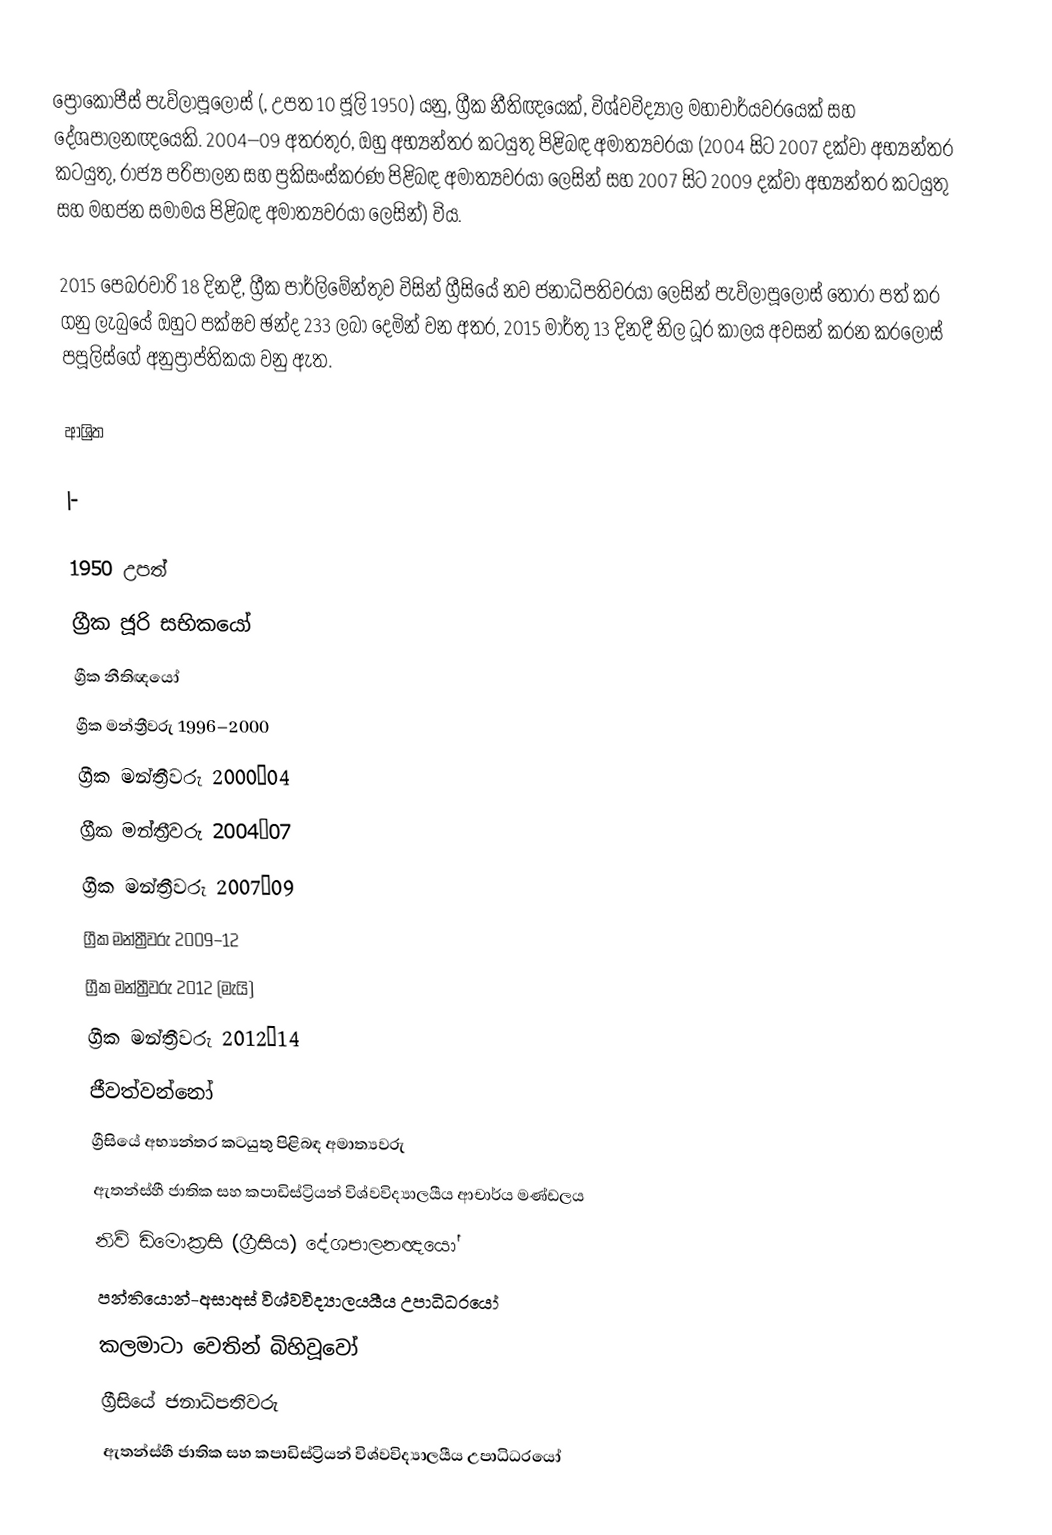
ප්‍රෝකෝපීස් පැව්ලාපූලෝස්  (, උපත 10 ජූලි 1950) යනු, ග්‍රීක නීතිඥයෙක්, විශ්වවිද්‍යාල මහාචාර්යවරයෙක් සහ දේශපාලනඥයෙකි. 2004–09 අතරතුර, ඔහු අභ්‍යන්තර කටයුතු පිළිබඳ අමාත්‍යවරයා (2004 සිට 2007 දක්වා අභ්‍යන්තර කටයුතු, රාජ්‍ය පරිපාලන සහ ප්‍රකිසංස්කරණ පිළිබඳ අමාත්‍යවරයා ලෙසින් සහ 2007 සිට  2009 දක්වා අභ්‍යන්තර කටයුතු සහ මහජන සමාමය පිළිබඳ අමාත්‍යවරයා ලෙසින්) විය.

2015 පෙබරවාරි 18 දිනදී, ග්‍රීක පාර්ලිමේන්තුව විසින් ග්‍රීසියේ නව ජනාධිපතිවරයා ලෙසින්  පැව්ලාපූලෝස් තෝරා පත් කර ගනු ලැබුයේ ඔහුට පක්ෂව ඡන්ද 233 ලබා දෙමින් වන අතර, 2015 මාර්තු 13 දිනදී නිල ධූර කාලය අවසන් කරන  කරලෝස් පපූලිස්ගේ  අනුප්‍රාප්තිකයා වනු ඇත.

ආශ්‍රිත

|-

1950 උපත්
ග්‍රීක ජූරි සභිකයෝ
ග්‍රීක නීතිඥයෝ
ග්‍රීක මන්ත්‍රීවරු 1996–2000
ග්‍රීක මන්ත්‍රීවරු  2000–04
ග්‍රීක මන්ත්‍රීවරු  2004–07
ග්‍රීක මන්ත්‍රීවරු  2007–09
ග්‍රීක මන්ත්‍රීවරු  2009–12
ග්‍රීක මන්ත්‍රීවරු  2012 (මැයි)
ග්‍රීක මන්ත්‍රීවරු  2012–14
ජීවත්වන්නෝ
ග්‍රීසියේ අභ්‍යන්තර කටයුතු පිළිබඳ අමාත්‍යවරු
ඇතන්ස්හී ජාතික සහ  කපාඩිස්ට්‍රියන්  විශ්වවිද්‍යාලයීය ආචාර්ය මණ්ඩලය
නිව් ඩිමොක්‍රසි (ග්‍රීසිය) දේශපාලනඥයෝ
 පන්තියොන්-අසාඅස් විශ්වවිද්‍යාලයයීය උපාධිධරයෝ
කලමාටා වෙතින් බිහිවූවෝ
ග්‍රීසියේ ජනාධිපතිවරු
ඇතන්ස්හී ජාතික සහ  කපාඩිස්ට්‍රියන්  විශ්වවිද්‍යාලයීය උපාධිධරයෝ